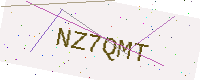
Text: NZ7QMT